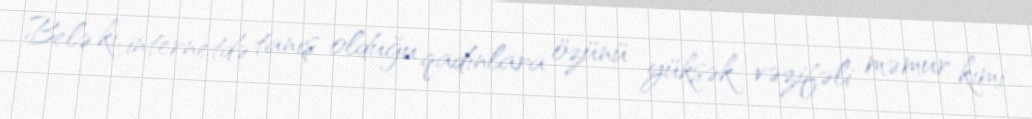
Belə ki, internetdə tanış olduğu qadınlara özünü yüksək vəzifəli məmur kimi